Civil Veterinary Department. United Provinces 1923-31 - 1923-1931
Year: 1923
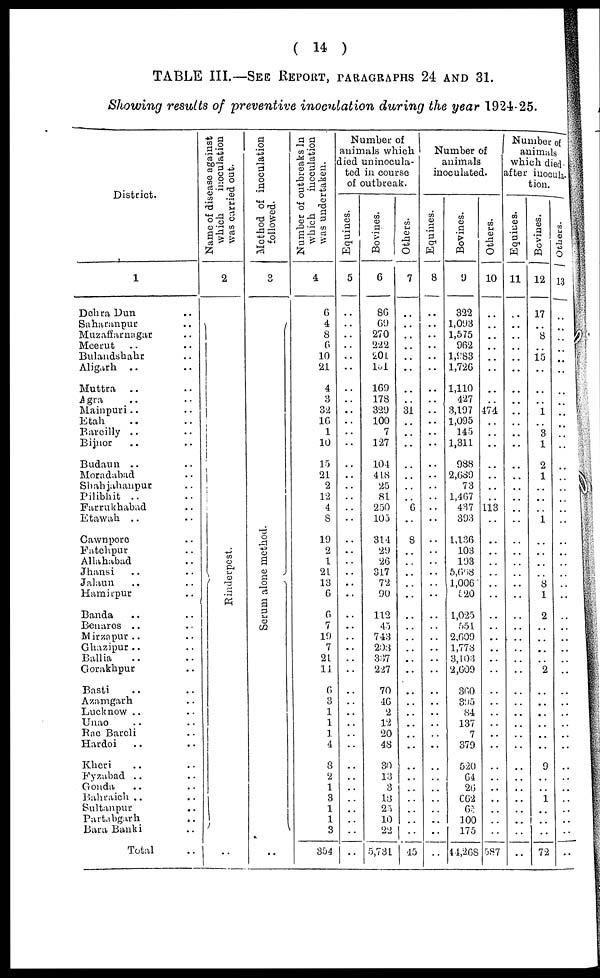
(
14 )
TABLE III.—SEE REPORT,
PARAGRAPHS
24 AND 31.
Showing
results
of preventive
inoculation
during
the year
1924-25.
District.
1
Dohra Dun ..
Saharanpur ..
Muzaffarnagar ..
Meerut .. ..
Bulandshahr ..
Aligarh .. ..
Muttra
.. ..
Agra .. ..
Mainpuri .. ..
Etah .. ..
Bareilly .. ..
Bijnor .. ..
Budaun .. ..
Moradabad ..
Shahjahanpur ..
Pilibhit .. ..
Farrukhabad ..
Etawah .. ..
Cawnpore ..
Fatehpur ..
Allahabad
Jhansi .. ..
Jalaun .. ..
Hamirpur ..
Banda .. ..
Benares .. ..
Mirzapur .. ..
Ghazipur .. ..
Ballia .. ..
Gorakhpur ..
Basti .. ..
Azamgarh ..
Lucknow .. ..
Unao .. ..
Rae Bareli ..
Hardoi .. ..
Kheri .. ..
Fyzabad .. ..
Gonda .. ..
Bahraich .. ..
Sultanpur ..
Partabgarh ..
Bara Banki ..
Total ..
Name of disease against
which
inoculation
was carried out.
2
Rinderpest.
..
Method of inoculation
followed.
3
Se r
um alone method.
..
Number of outbreaks In
which
inoculation
was undertaken.
4
6
4
8
6
10
21
4
3
32
16
1
10
15
21
2
12
4
8
19
2
1
21
13
6
6
7
19
7
21
14
6
3
1
1
1
4
8
2
1
3
1
1
3
354
Number of
animals which
died uninocula-
ted in course
of outbreak.
Equines.
5
..
..
..
..
..
..
..
..
..
..
..
..
..
..
..
..
..
..
..
..
..
..
..
..
..
..
..
..
..
..
..
..
..
..
..
..
..
..
..
..
..
..
..
..
Bovines.
6
86
69
270
222
201
131
169
178
329
100
7
127
104
448
25
81
250
105
314
29
26
317
72
90
112
45
743
208
337
227
70
46
2
12
20
48
30
13
3
18
25
10
22
5,731
Others.
7
..
..
..
..
..
..
..
..
31
..
..
..
..
..
..
..
6
..
8
..
..
..
..
..
..
..
..
..
..
..
..
..
..
..
..
..
..
..
..
..
..
..
..
45
Number of
animals
inoculated.
Equines.
8
..
..
..
..
..
..
..
..
..
..
..
..
..
..
..
..
..
..
..
..
..
..
..
..
..
..
..
..
..
..
..
..
..
..
..
..
..
..
..
..
..
..
..
..
Bovines.
9
322
1,093
1,575
962
1,983
1,726
1,110
427
3,197
1,095
145
1,811
988
2,689
73
1,467
437
393
1,136
103
193
5,698
1,006
520
1,025
..
..
1,778
..
2,609
360
395
84
137
7
379
520
64
26
662
63
100
175
44,268
Others.
10
..
..
..
..
..
..
..
..
474
..
..
..
..
..
..
..
113
..
..
..
..
..
..
..
..
..
..
..
..
..
..
..
..
..
..
..
..
..
..
..
..
..
..
587
Number of
animals
which died
after inocula-
tion.
Equines.
11
..
..
..
..
..
..
..
..
..
..
..
..
..
..
..
..
..
..
..
..
..
..
..
..
..
..
..
..
..
..
..
..
..
..
..
..
..
..
..
..
..
..
..
..
Bovines.
12
17
..
8
..
15
..
..
..
1
..
3
1
2
1
..
..
1
..
..
..
..
8
1
2
..
..
..
..
2
..
..
..
..
..
..
9
..
..
1
..
..
..
72
Others.
13
..
..
..
..
..
..
..
..
..
..
..
..
..
..
..
..
..
..
..
..
..
..
..
..
..
..
..
..
..
..
..
..
..
..
..
..
..
..
..
..
..
..
..